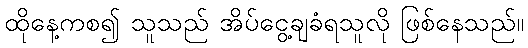
ထိုနေ့ကစ၍ သူသည် အိပ်ငွေ့ချခံရသူလို ဖြစ်နေသည်။